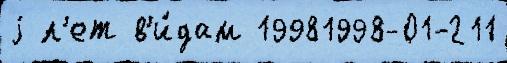
j л'ет в'и́дам 19981998-01-211